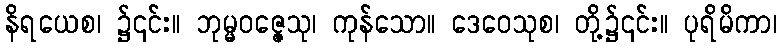
နိရယေစ၊ ၌၎င်း။ ဘုမ္မဝဇ္ဇေသု၊ ကုန်သော။ ဒေဝေသုစ၊ တို့၌၎င်း။ ပုရိမိကာ၊